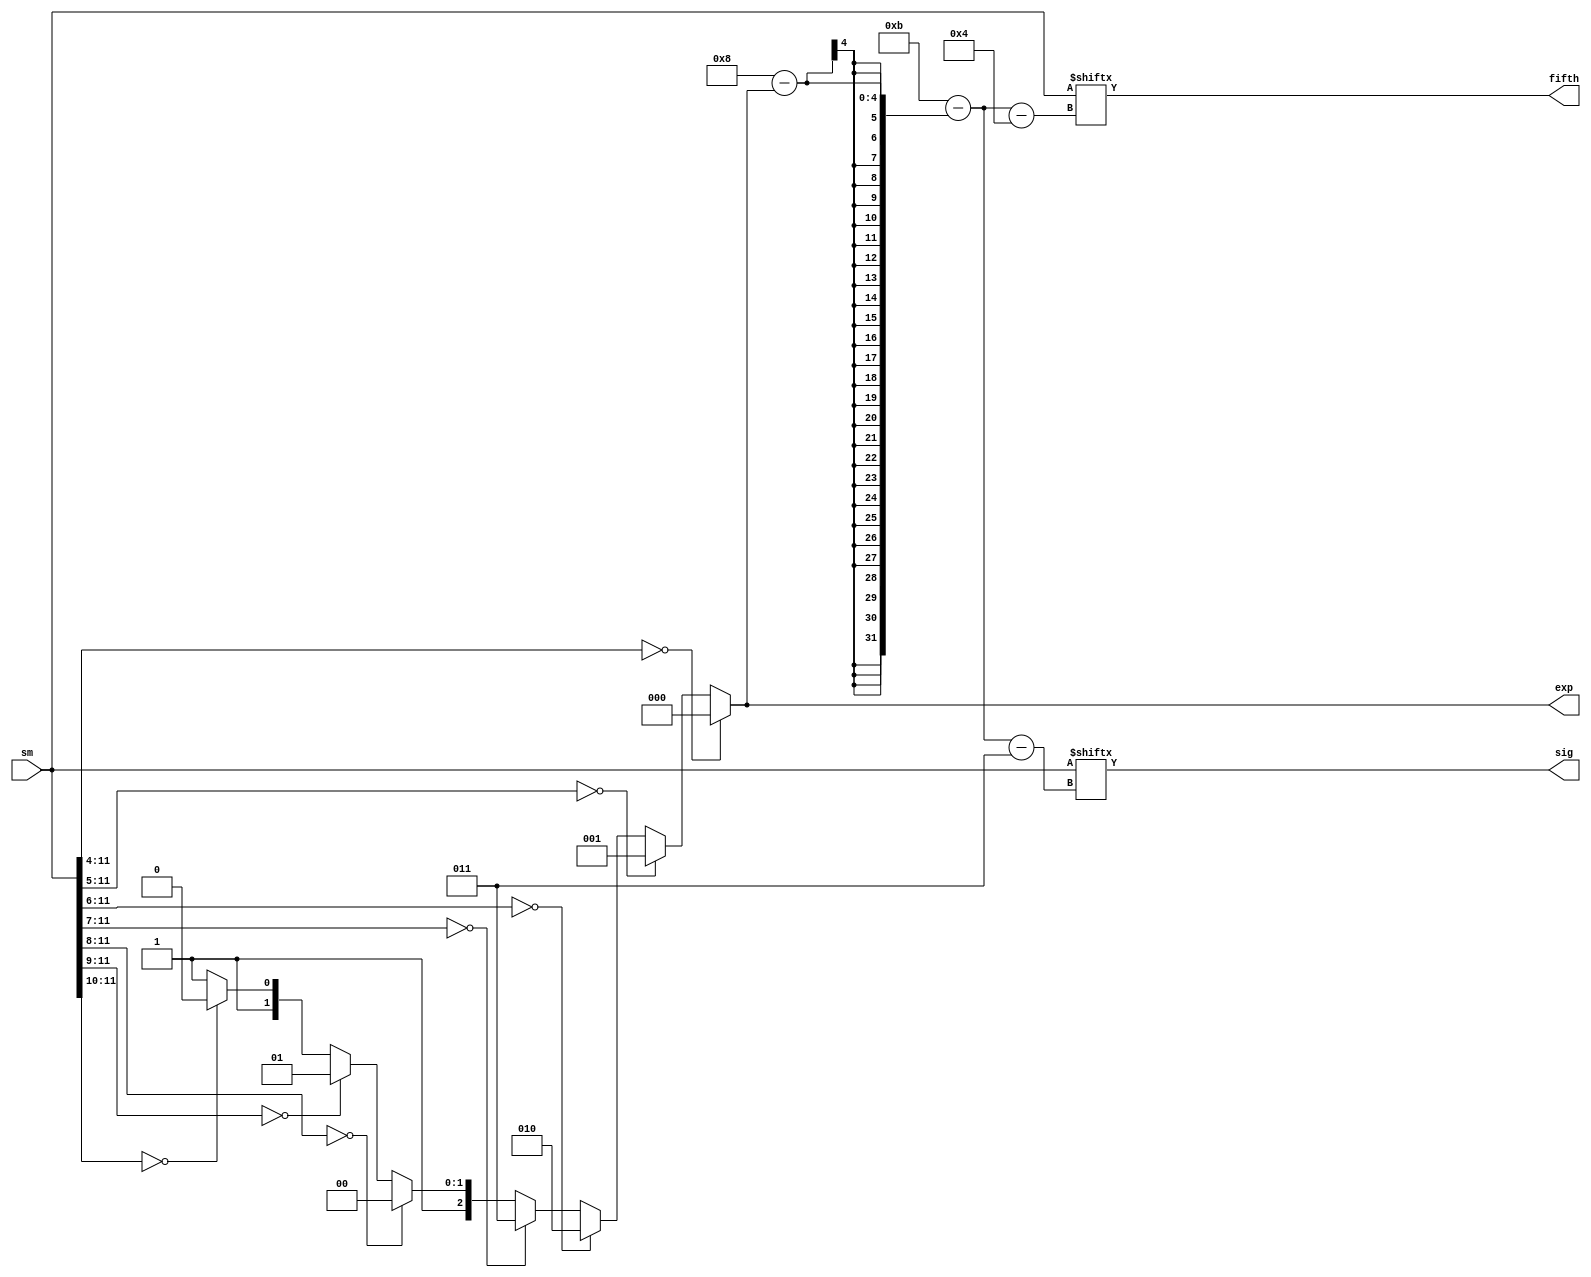
module lin_to_fp(sm, exp, sig, fifth);

    input [11:0]    sm;     // sign magnitude
    output [2:0]    exp;    // exponent
    output [3:0]    sig;    // significand
    output          fifth;  // fifth bit after leading zeroes
    
    integer         index;
    
    assign exp = (!sm[11:4]) ? 0 : (
        (!sm[11:5]) ? 1 :
        (!sm[11:6]) ? 2 :
        (!sm[11:7]) ? 3 :
        (!sm[11:8]) ? 4 :
        (!sm[11:9]) ? 5 :
        (!sm[11:10]) ? 6 : 7);
        
    assign index = 11-(8-exp);
        
    assign sig = sm[index:index-3];
    assign fifth = sm[index-4];
    
endmodule